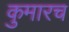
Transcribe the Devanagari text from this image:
कुमारच